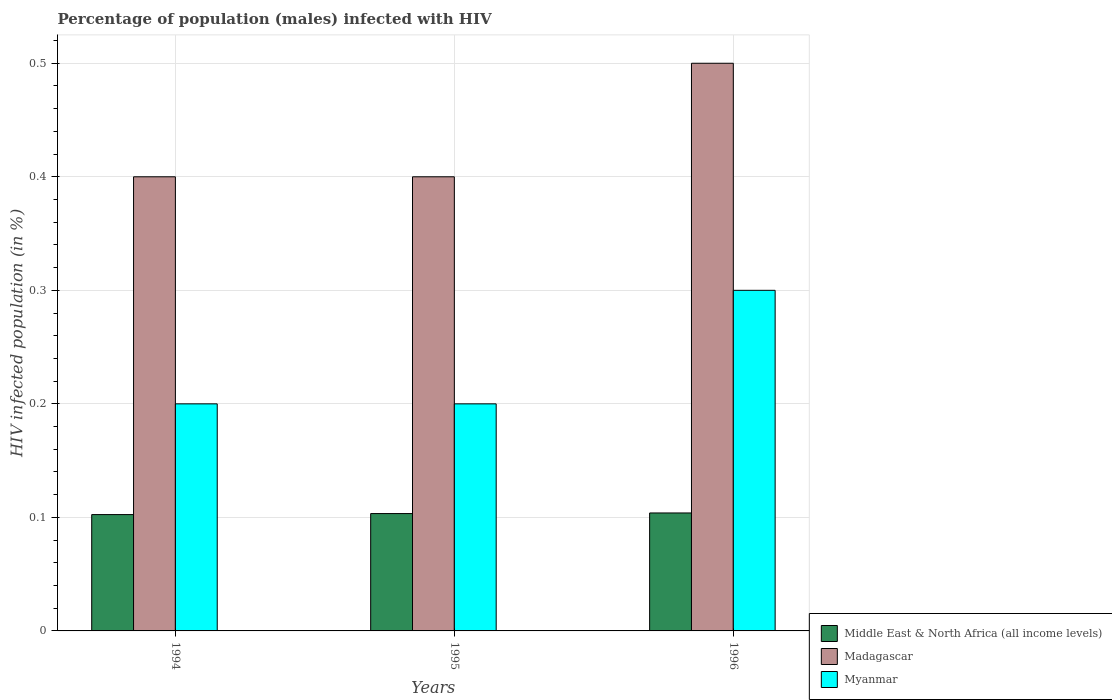
| Years | Middle East & North Africa (all income levels) | Madagascar | Myanmar |
 | --- | --- | --- | --- |
 | 1994 | 0.102 | 0.4 | 0.2 |
 | 1995 | 0.103 | 0.4 | 0.2 |
 | 1996 | 0.104 | 0.5 | 0.3 |